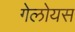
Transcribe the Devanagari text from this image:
गेलोयस